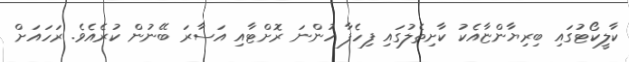
ކާލީކޯޓުގައި ބިރިޔާންޏާއެކު ކާށިތެލުގައި ފިހެފާ ހުންނަ ރޮށްޓާއި އަސާރަ ބޭނުން ކުރެއެވެ. ރަހައަށް